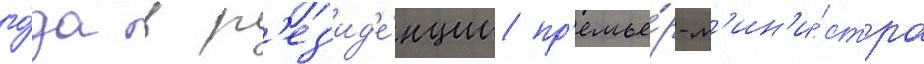
го́да в р'ез'ид'е́нции пр'емье́р-м'ин'и́стра